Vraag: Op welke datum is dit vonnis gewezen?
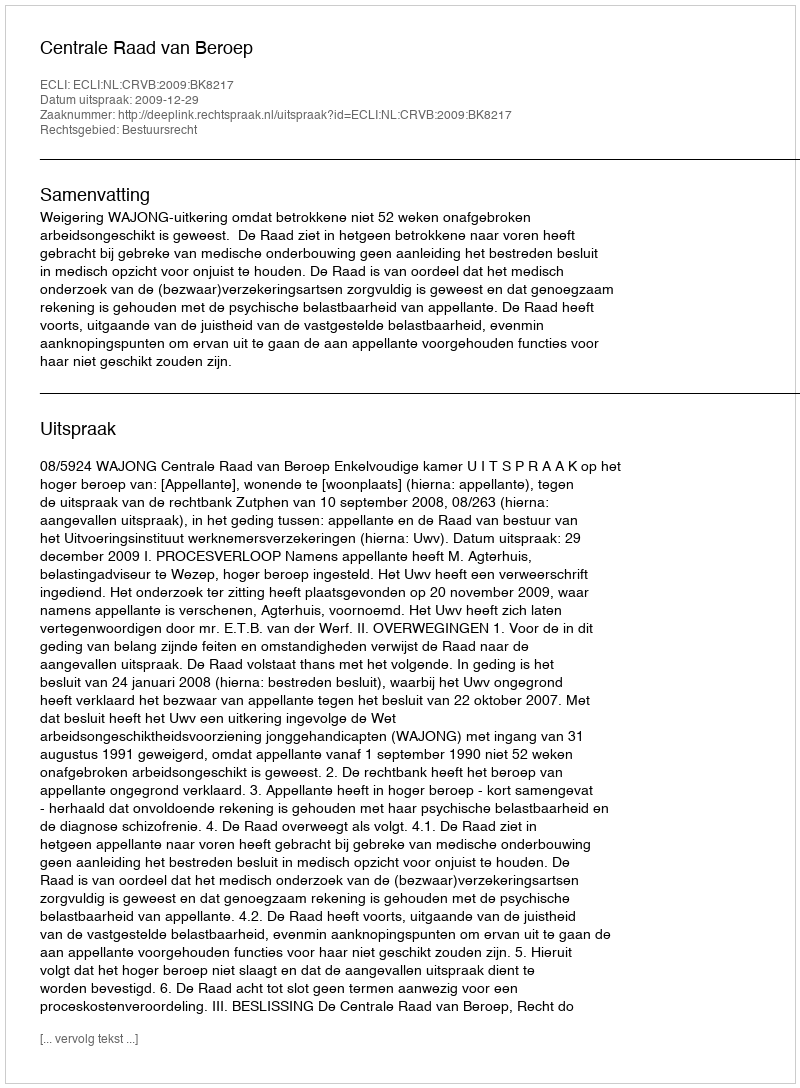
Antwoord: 2009-12-29